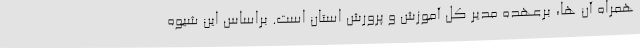
همراه آن ها، برعهده مدیر کل آموزش و پرورش استان است. براساس این شیوه